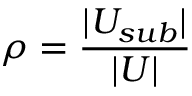
\rho = \frac { | U _ { s u b } | } { | U | }